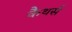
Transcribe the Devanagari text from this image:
कैथर्स